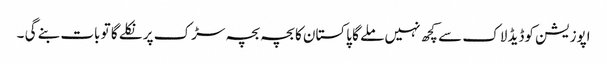
اپوزیشن کوڈیڈ لاک سے کچھ نہیں ملے گا پاکستان کا بچہ بچہ سڑک پر نکلے گا تو بات بنے گی ۔